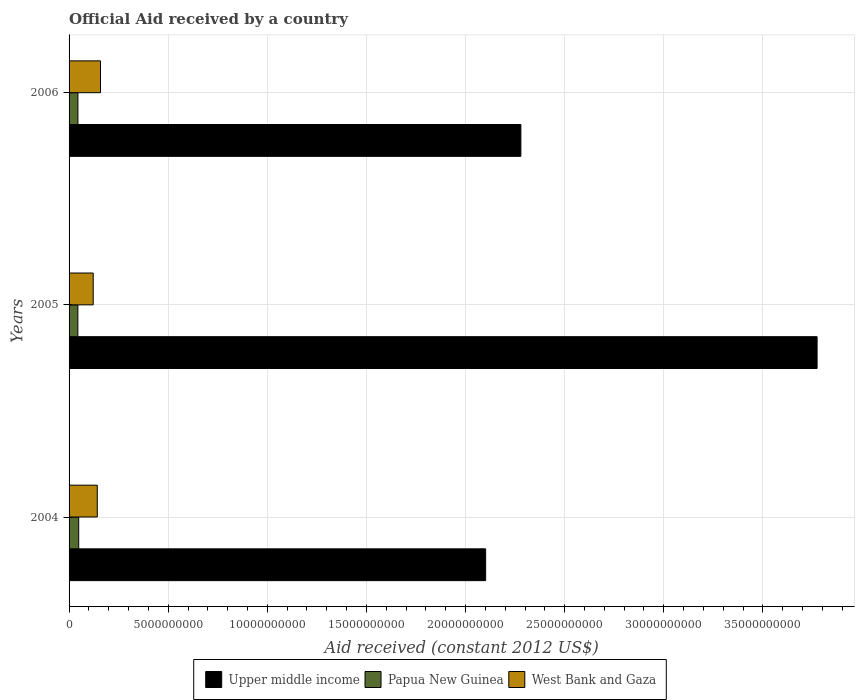
| Years | Upper middle income | Papua New Guinea | West Bank and Gaza |
 | --- | --- | --- | --- |
 | 2004 | 2.1e+10 | 4.86e+08 | 1.42e+09 |
 | 2005 | 3.77e+10 | 4.44e+08 | 1.22e+09 |
 | 2006 | 2.28e+10 | 4.47e+08 | 1.59e+09 |